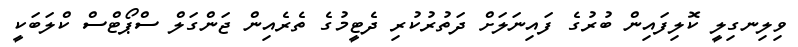
ވިލިނގިލީ ކޮލިފައިން ބުރުގެ ފައިނަލަށް ދަތުރުކުރި ދެޓީމުގެ ތެރެއިން ޖަންގަލް ސްޕޯޓްސް ކްލަބަކީ